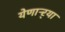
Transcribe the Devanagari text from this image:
येणाऱ्र्‍या